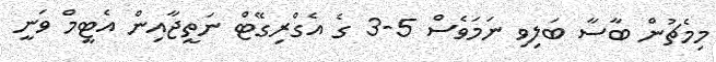
މިމެޗުން ބާސާ ބަލިވި ނަމަވެސް 5-3 ގެ އެގްރިގޭޓް ނަތީޖާއިން އެޓީމް ވަނީ